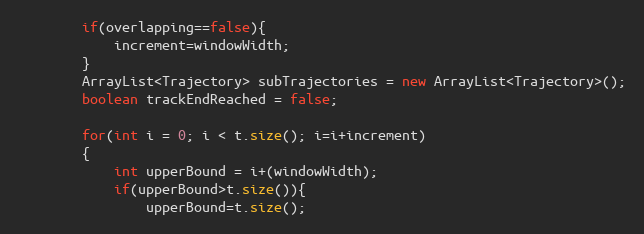
Language: Java
		if(overlapping==false){
			increment=windowWidth;
		}
		ArrayList<Trajectory> subTrajectories = new ArrayList<Trajectory>();
		boolean trackEndReached = false;

		for(int i = 0; i < t.size(); i=i+increment)
		{
			int upperBound = i+(windowWidth);
			if(upperBound>t.size()){
				upperBound=t.size();